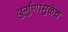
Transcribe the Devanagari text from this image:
दुर्गुणांमुळेच